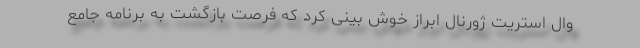
وال استریت ژورنال ابراز خوش بینی کرد که فرصت بازگشت به برنامه جامع